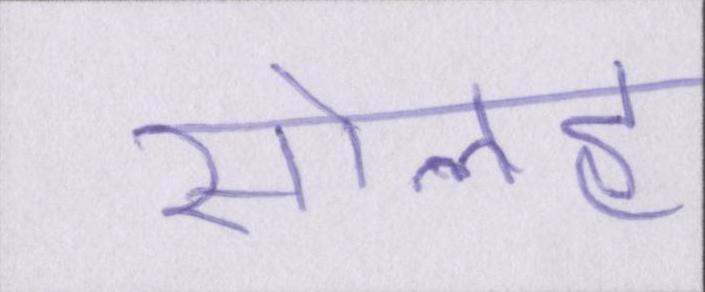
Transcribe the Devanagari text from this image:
सोलह